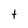
Character: t